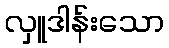
လှူဒါန်းသော